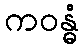
ကဝန္ဓံ